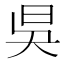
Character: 𣅳